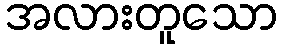
အလားတူသော